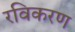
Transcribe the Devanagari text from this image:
रविकरण